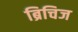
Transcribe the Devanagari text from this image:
ब्रिचिज